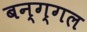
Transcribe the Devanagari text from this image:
बन्ग्गल